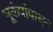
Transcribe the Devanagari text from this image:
भूकंपांपासून